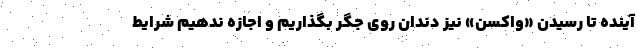
آینده تا رسیدن «واکسن» نیز دندان روی جگر بگذاریم و اجازه ندهیم شرایط